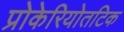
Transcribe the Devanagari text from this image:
प्रोकेरियोतटिक